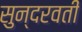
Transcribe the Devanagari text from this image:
सुन्दरवती